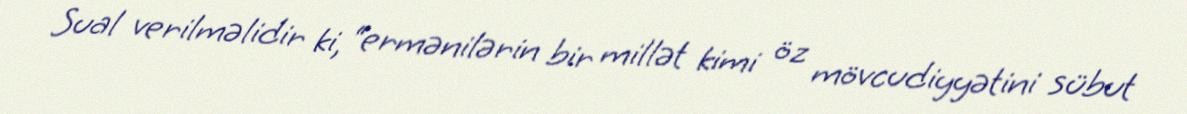
Sual verilməlidir ki, “ermənilərin bir millət kimi öz mövcudiyyətini sübut